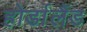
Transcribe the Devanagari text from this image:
होर्डालैंड